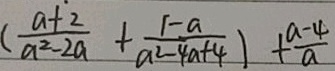
( \frac { a + 2 } { a ^ { 2 } - 2 a } + \frac { 1 - a } { a ^ { 2 } - 4 a + 4 } ) + \frac { a - 4 } { a }